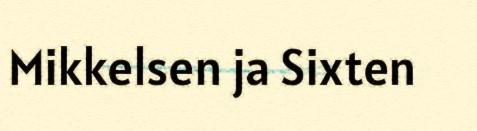
Mikkelsen ja Sixten